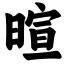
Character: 暄